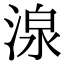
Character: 湶